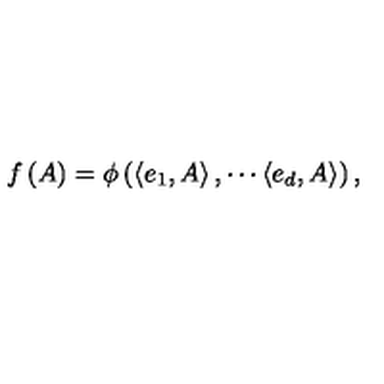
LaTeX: f \left( A \right) = \phi \left( \left\langle e _ { 1 } , A \right\rangle , \cdots \left\langle e _ { d } , A \right\rangle \right) ,